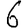
Digit: 6